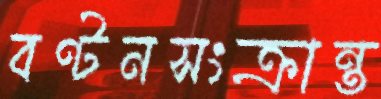
বণ্টনসংক্রান্ত